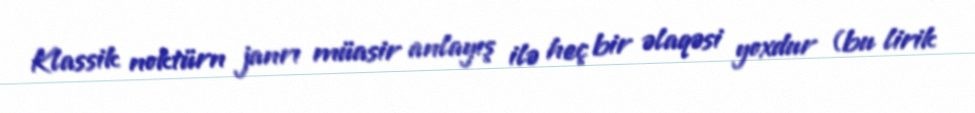
Klassik noktürn janrı müasir anlayış ilə heç bir əlaqəsi yoxdur (bu lirik